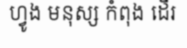
ហ្វូង មនុស្ស កំពុង ដើរ